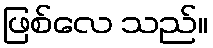
ဖြစ်လေ သည်။